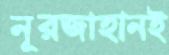
নূরজাহানই